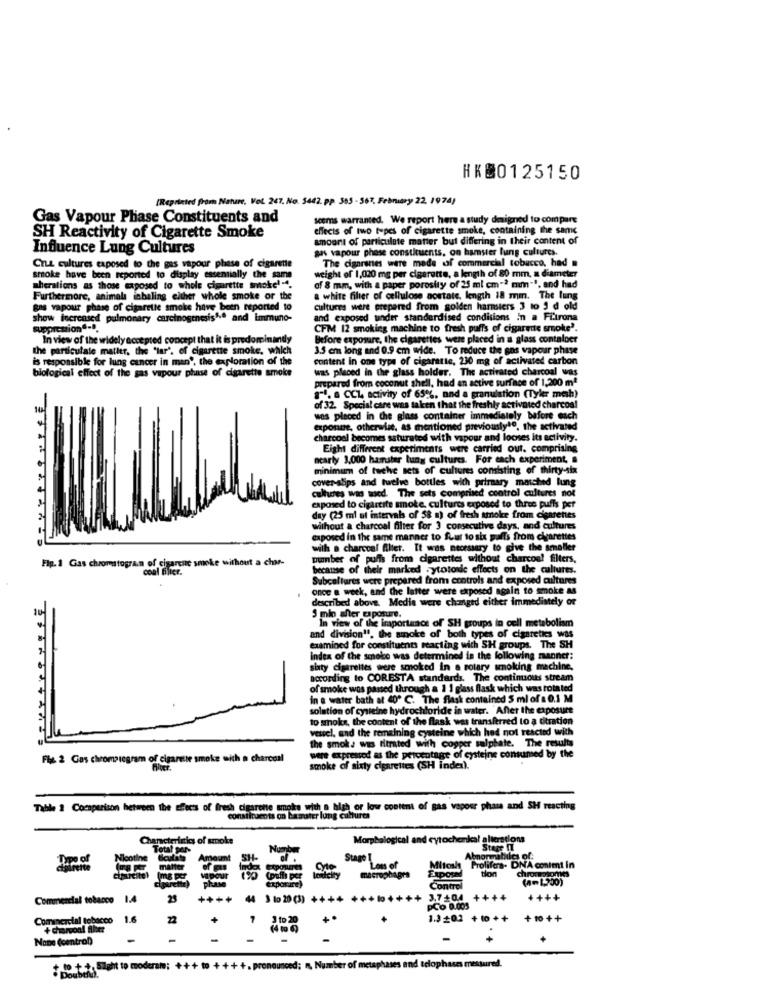
HK00125150
(Reprinted from Nature, Vol. 247. No. 5442. pp. 355 - 567. Febniary 22. 1974)
Gas Vapour Phase Constituents and
scems warranted. We report here a study designed to compare
effects of two types of cigarette smoke, containing the same
SH Reactivity of Cigarette Smoke
amount of particulate matter but differing in their content of
Influence Lung Cultures
gas vapour phase constituents, on hamster lung cultures.
The cigarsnes were made of commercial tobacco, had
Cruz cultures exposed to the gas vapour phase of cigarette
smoke have been reported to display essentially the same
weight of 1,020 mg per cigarette, a length of 80 mm, a diameter
mherations as those exposed to whole cigarette smoke'-4.
of 8 mm, with a paper porosity of 25 ml cm -* mmn-1. and had
Furthermore, animals inhaling either whole smoke or the
a white filter of cellulose aostate, length 18 mm. The lung
gas vapour phase of cigarette smoke have been reported to
cultures were prepared from golden hamsters 3 to 3 d old
show increased pulmonary carcinogenesis1.º and immuno-
and exposed under standardised conditions in a Fitrona
suppression"-".
CFM 12 smoking machine to fresh puffs of cigarette smoke'.
In view of the widely accepted concept that it is predominandy
Before exposure, the cigarettes were placed in a glass contaloer
the particulale matier, the 'lar'. of cigarette smoke, which
3.5 cm long and 0.9 cm wide. To reduce the sos vapour phase
is responsible for lung cancer in man', the exploration of the
content in one type of cigaratic, 230 mg of activated carbon
biological effect of the gas vapour phase of cigarette smoke
was placed in the glass holder. The activated charcoal was
prepared from coconut shell, had an active surface of 1,200 mª
84. a CCL activity of 65%, and a granulation (Tyler mah)
of 32. Special care was taken that the freshly activated charcoal
was placed in the glass container immediately before each
exponte, otherwise, as mentioned previously10, the activated
charcoal becomes saturated with vapour and looses its activity.
4 .5
Eight different experiments were carried out. comprising
nearly 3,000 hamster luny cultures. For each experiment, a
minimum of tache sets of cultures consisting of thirty-six
cover-slips and twelve bottles with primary matched lung
cultures wis wied. The sets comprised control cultures not
exposed to cigartite smoke, cultures exposed to three puffs per
day (25 ml ul intervals of 58 a) of fresh smoke from cigarettes
without a charcoal filter for 3 consecutive days, and cultures
taposed in the same manner to four to six walls from cigarettes
with a charcoal Alier. It was necessary to give the smaller
conf ofercie smoke without a char-
number of puffs from cigarettes without charcoal filters,
Fig. 1 Gas chromatogram of cigaren
because of their marked .ytotonde effects on the cultures.
Subcultures were prepared from controls and exposed cultures
once a week, and the latter were exposed again to smoke as
described above. Media were changed either immediately or
mio sher exposure.
In view of the importance of SH groups in cell metabolism
and division''. the smoke of both types of cigarettes was
examined for constituents reacting with SH groups. The SH
index of the smoke was determined in the following manner:
sixty cigarettes were smoked in a rotary smoking machine,
according to CORESTA standards. The cont
The continuous stream
of smoke was passed through a 1 1 glass flask which was rota ted
in & water bath at 40º C. The flask contained 5 ml of a 0.1 M
solation of cysteine hydrochloride in water. After the exposure
to shoks, the content of the flask was transferred to a titration
vessel, and the remaining cysteine which had not reacted with
the smoke was titrated with copper salphate. The results
were expressed as the percentage of cysteine consumed by the
Flyg. 2 Gas chromsiegram of cigarette smoke with a charcoal
smoke of sixty cigarettes (SH index).
Table 2 Comparison between the effects of fresh cigarette smoke with a high or low content of gas vapour phase and SH reacting
constituents on basister lung cultures
Characterinicy of smoke
Morphological and cytochekal alterations
Total per-
Stage IT
Amount
Stage I
Abormabilcs of:
matter
Mito
Prolifera- DNA conimt in
tion
chr
macrophages
Control
Commescial tobacco 1.4
23
++++ 44 3 10 20 (3) ++++
++++++ 3,7+04
++++
++++
PCO 0.005
Commercial tobacco
1.6
22
+
1.3+0.2 + 10 + +
+ 10 + +
None (central)
Best :*; Sieht to moderam; +++ to ++++. pronounced; n, Number of metaphases and eclophases messured.